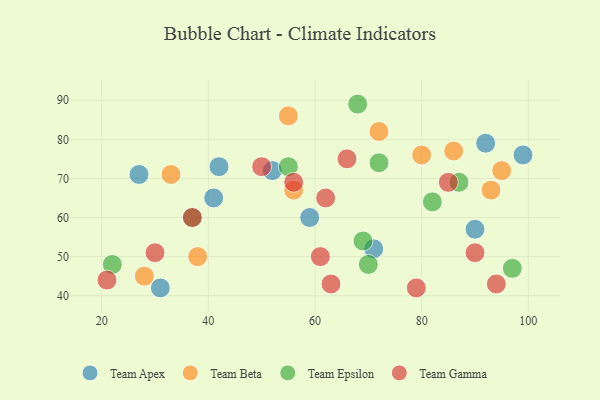
{"axis": {"x": "GDP", "y": "Life Expectancy"}, "legend": ["Team Apex", "Team Beta", "Team Epsilon", "Team Gamma"], "data": [{"x": "31", "y": 42, "type": "Team Apex"}, {"x": "92", "y": 79, "type": "Team Apex"}, {"x": "90", "y": 57, "type": "Team Apex"}, {"x": "59", "y": 60, "type": "Team Apex"}, {"x": "42", "y": 73, "type": "Team Apex"}, {"x": "52", "y": 72, "type": "Team Apex"}, {"x": "27", "y": 71, "type": "Team Apex"}, {"x": "41", "y": 65, "type": "Team Apex"}, {"x": "71", "y": 52, "type": "Team Apex"}, {"x": "99", "y": 76, "type": "Team Apex"}, {"x": "56", "y": 67, "type": "Team Beta"}, {"x": "80", "y": 76, "type": "Team Beta"}, {"x": "55", "y": 86, "type": "Team Beta"}, {"x": "93", "y": 67, "type": "Team Beta"}, {"x": "95", "y": 72, "type": "Team Beta"}, {"x": "28", "y": 45, "type": "Team Beta"}, {"x": "38", "y": 50, "type": "Team Beta"}, {"x": "33", "y": 71, "type": "Team Beta"}, {"x": "86", "y": 77, "type": "Team Beta"}, {"x": "72", "y": 82, "type": "Team Beta"}, {"x": "68", "y": 89, "type": "Team Epsilon"}, {"x": "70", "y": 48, "type": "Team Epsilon"}, {"x": "22", "y": 48, "type": "Team Epsilon"}, {"x": "37", "y": 60, "type": "Team Epsilon"}, {"x": "97", "y": 47, "type": "Team Epsilon"}, {"x": "87", "y": 69, "type": "Team Epsilon"}, {"x": "69", "y": 54, "type": "Team Epsilon"}, {"x": "82", "y": 64, "type": "Team Epsilon"}, {"x": "72", "y": 74, "type": "Team Epsilon"}, {"x": "55", "y": 73, "type": "Team Epsilon"}, {"x": "62", "y": 65, "type": "Team Gamma"}, {"x": "50", "y": 73, "type": "Team Gamma"}, {"x": "30", "y": 51, "type": "Team Gamma"}, {"x": "85", "y": 69, "type": "Team Gamma"}, {"x": "37", "y": 60, "type": "Team Gamma"}, {"x": "63", "y": 43, "type": "Team Gamma"}, {"x": "90", "y": 51, "type": "Team Gamma"}, {"x": "21", "y": 44, "type": "Team Gamma"}, {"x": "94", "y": 43, "type": "Team Gamma"}, {"x": "61", "y": 50, "type": "Team Gamma"}, {"x": "79", "y": 42, "type": "Team Gamma"}, {"x": "56", "y": 69, "type": "Team Gamma"}, {"x": "66", "y": 75, "type": "Team Gamma"}]}